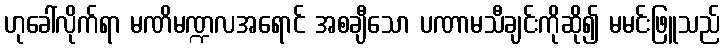
ဟုခေါ်လိုက်ရာ မဏိမဏ္ဍလအရောင် အစချီသော ပဏာမသီချင်းကိုဆို၍ မမင်းဖြူသည်